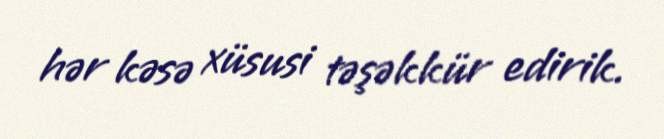
hər kəsə xüsusi təşəkkür edirik.